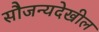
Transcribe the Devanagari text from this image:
सौजन्यदेखील